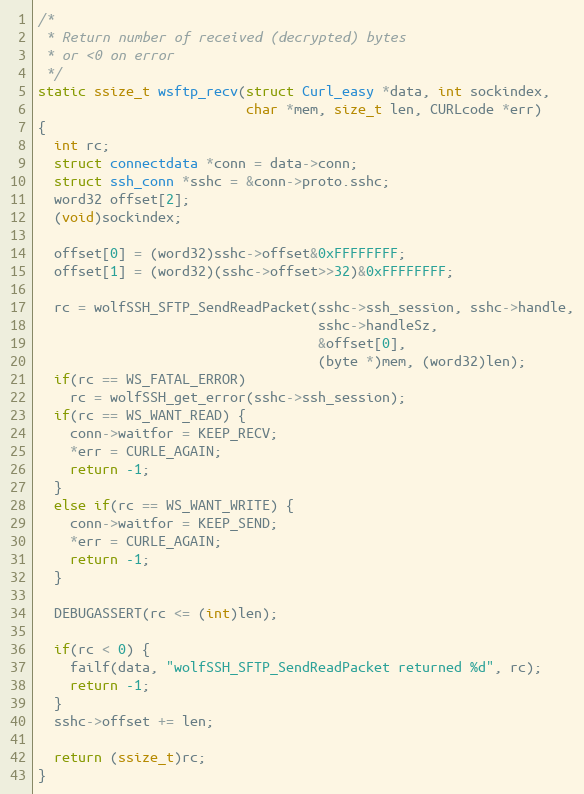
Language: C
/*
 * Return number of received (decrypted) bytes
 * or <0 on error
 */
static ssize_t wsftp_recv(struct Curl_easy *data, int sockindex,
                          char *mem, size_t len, CURLcode *err)
{
  int rc;
  struct connectdata *conn = data->conn;
  struct ssh_conn *sshc = &conn->proto.sshc;
  word32 offset[2];
  (void)sockindex;

  offset[0] = (word32)sshc->offset&0xFFFFFFFF;
  offset[1] = (word32)(sshc->offset>>32)&0xFFFFFFFF;

  rc = wolfSSH_SFTP_SendReadPacket(sshc->ssh_session, sshc->handle,
                                   sshc->handleSz,
                                   &offset[0],
                                   (byte *)mem, (word32)len);
  if(rc == WS_FATAL_ERROR)
    rc = wolfSSH_get_error(sshc->ssh_session);
  if(rc == WS_WANT_READ) {
    conn->waitfor = KEEP_RECV;
    *err = CURLE_AGAIN;
    return -1;
  }
  else if(rc == WS_WANT_WRITE) {
    conn->waitfor = KEEP_SEND;
    *err = CURLE_AGAIN;
    return -1;
  }

  DEBUGASSERT(rc <= (int)len);

  if(rc < 0) {
    failf(data, "wolfSSH_SFTP_SendReadPacket returned %d", rc);
    return -1;
  }
  sshc->offset += len;

  return (ssize_t)rc;
}